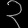
Digit: ၃